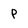
Character: p